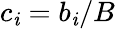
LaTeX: c_{\mathit{i}}=b_{\mathit{i}}/B